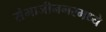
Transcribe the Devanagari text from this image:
संभाजीनगरमध्ये